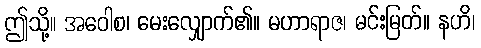
ဤသို့။ အဝေါစ၊ မေးလျှောက်၏။ မဟာရာဇ၊ မင်းမြတ်။ နဟိ၊